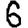
Digit: 6